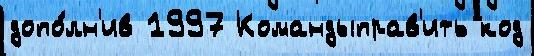
допо́лн'ив 1997 Командыправ'ить код